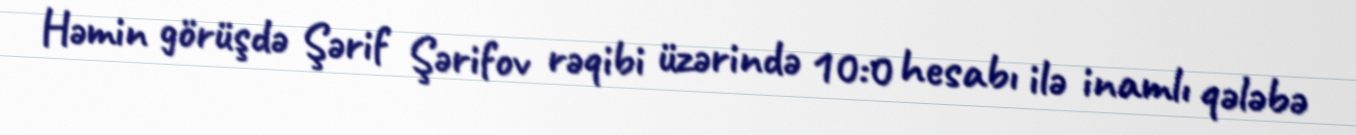
Həmin görüşdə Şərif Şərifov rəqibi üzərində 10:0 hesabı ilə inamlı qələbə